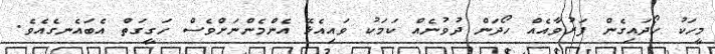
މީހަކު ހޯދައިގެން ފަރުވާއެއް ހޯދަން ދުވުނެއް ކަމަކު ވައިއެޅޭ އެންމެންނަށްވެސް ހަގީގަތް އެބައެނގެއެވެ.